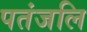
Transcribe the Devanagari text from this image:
पतंजलि